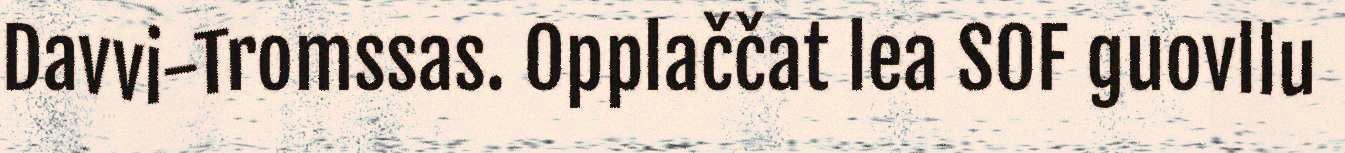
Davvi-Tromssas. Opplaččat lea SOF guovllu